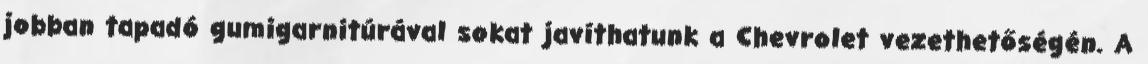
jobban tapadó gumigarnitúrával sokat javíthatunk a Chevrolet vezethetőségén. A